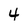
Character: 4